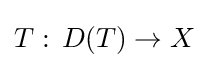
T:\,D(T)\to X